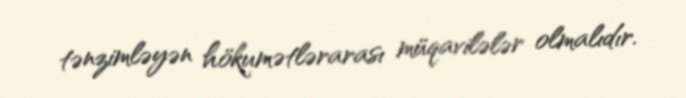
tənzimləyən hökumətlərarası müqavilələr olmalıdır.